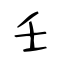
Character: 壬